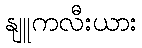
နျူကလီးယား